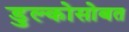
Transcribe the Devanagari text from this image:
डुल्कोसोबत